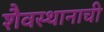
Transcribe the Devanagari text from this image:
शैवस्थानाची